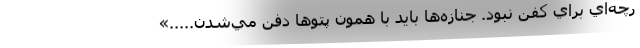
رچه‌اي براي كفن نبود. جنازه‌ها بايد با همون پتوها دفن مي‌شدن.....»